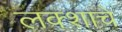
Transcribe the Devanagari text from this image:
लक्शाचे